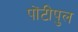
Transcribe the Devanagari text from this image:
पोंटीपुल